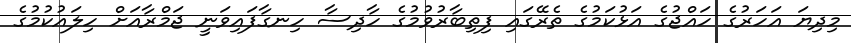
މިދިޔަ އަހަރުގެ ހައްޖުގެ އަޅުކަމުގެ ތެރޭގައި ފިތިބާރުވުމުގެ ހާދިސާ ހިނގާފައިވަނީ ޖަމްރާއަށް ހިލައުކުމުގެ